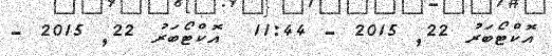
އޮކްޓޯބަރު 22